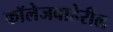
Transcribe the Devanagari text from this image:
कॉलेजबाहेरील